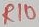
Text: R10